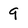
Character: 9